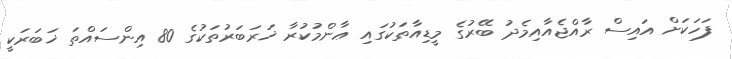
ފަހަކަށް އައިސް ރާއްޖެއާއިމެދު ބޭރުގެ މީޑިއާތަކުގައި ޢާންމުކުރާ ޚަރަބަރުތަކުގެ 80 އިންސައްތަ ޚަބަރަކީ